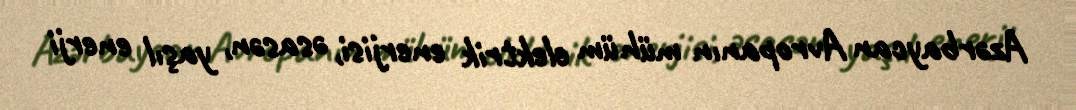
Azərbaycan Avropanın mühüm elektrik enerjisi, əsasən, yaşıl enerji